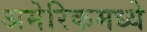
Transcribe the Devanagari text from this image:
अमेरिकमध्ये